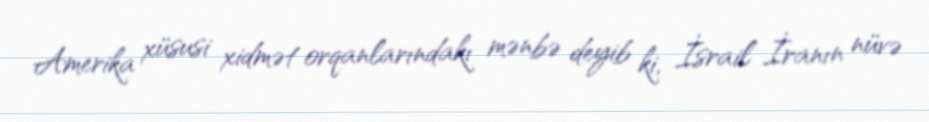
Amerika xüsusi xidmət orqanlarındakı mənbə deyib ki, İsrail İranın nüvə